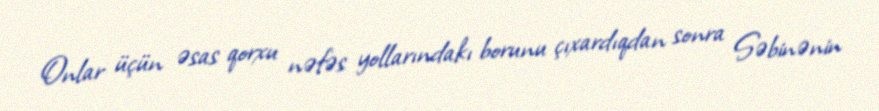
Onlar üçün əsas qorxu nəfəs yollarındakı borunu çıxardıqdan sonra Səbinənin